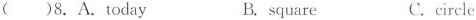
()8.A. today B. square C.circle